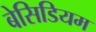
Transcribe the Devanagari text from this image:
बेसिडियम